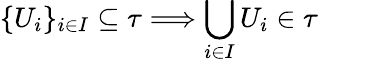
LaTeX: \{ U_{i}\} _{i\in I}\subseteq\tau\Longrightarrow\bigcup_{i\in I}U_{i}\in\tau\qquad